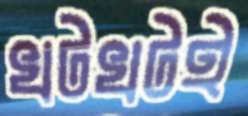
খটখটই